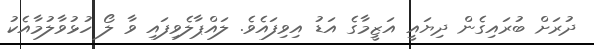
ދުރަށް ބުރައިގެން ދިޔައީ އަޒީމާގެ އަޑު އިވިފައެވެ. ލައްޕާލެވިފައި ވާ ލޯ ހުޅުވާލުމާއެކު